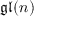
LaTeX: { \mathfrak { g l } } ( n )